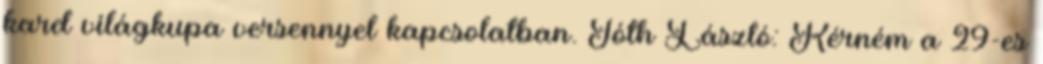
kard világkupa versennyel kapcsolatban. Tóth László: Kérném a 29-es